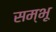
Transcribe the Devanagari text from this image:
सम्भू